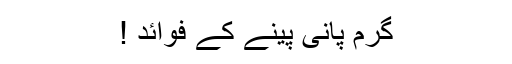
گرم پانی پینے کے فوائد !